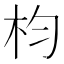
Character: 枃